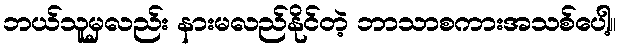
ဘယ်သူမှလည်း နားမလည်နိုင်တဲ့ ဘာသာစကားအသစ်ပေါ့။